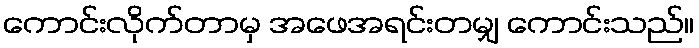
ကောင်းလိုက်တာမှ အဖေအရင်းတမျှ ကောင်းသည်။